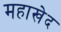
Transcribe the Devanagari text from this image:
महाखेद